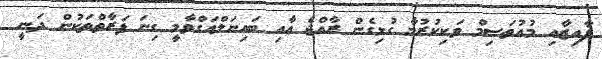
ފާއިޒާއި މުއުތަސިމް ވަކިކުރުމާ ގުޅިގެން ރާއްޖެ އާއި ބައިނަލްއަގްވާމީ ގިނަ ފަރާތްތަކުން ދަނީ